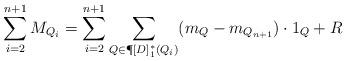
LaTeX: \begin{align*} \sum\limits_{i=2}^{n+1} M_{Q_i}= \sum\limits_{i=2}^{n+1} \sum\limits_{Q\in \P[D]_1^*(Q_i)} (m_Q-m_{Q_{n+1}})\cdot 1_Q+R\end{align*}